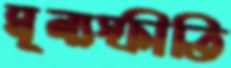
মূল্যস্ফীতি